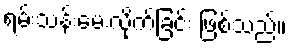
ရမ်းသန်းမေးလိုက်ခြင်း ဖြစ်သည်။